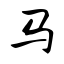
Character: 马